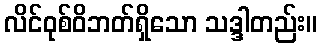
လိင်ဝုစ်ဝိဘတ်ရှိသော သဒ္ဒါတည်း။